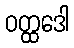
ဝတ္ထဒေါ